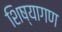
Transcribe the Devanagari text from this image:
शिष्यागण